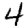
Digit: 4